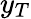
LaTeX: y_{T}